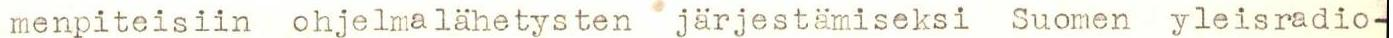
menpiteisiin ohjelmalähetysten järjestämiseksi Suomen yleisradio-